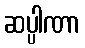
ဆပ္ပါဏာ